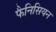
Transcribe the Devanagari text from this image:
फैनिसियन